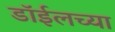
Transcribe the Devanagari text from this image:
डाॅईलच्या